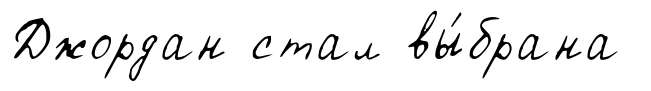
Джордан стал вы́брана